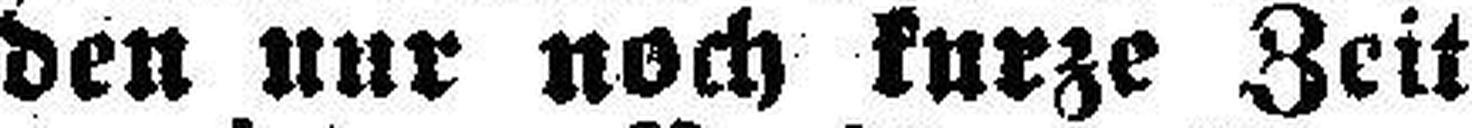
den nur noch kurze Zeit